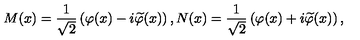
M ( x ) = \frac 1 { \sqrt { 2 } } \left( \varphi ( x ) - i \widetilde { \varphi } ( x ) \right) , N ( x ) = \frac 1 { \sqrt { 2 } } \left( \varphi ( x ) + i \widetilde { \varphi } ( x ) \right) ,